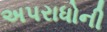
અપરાધોની